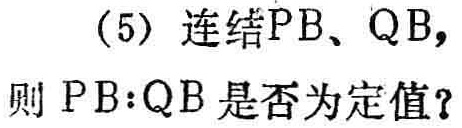
(5) 连结\(PB、QB\)，

则 \(PB:QB\)是否为定值？